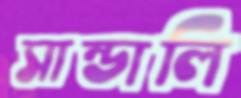
সান্ডালি